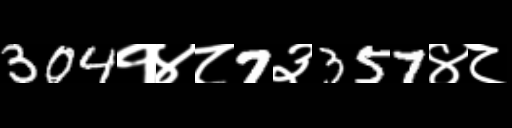
Text: 304१४८7३357४८